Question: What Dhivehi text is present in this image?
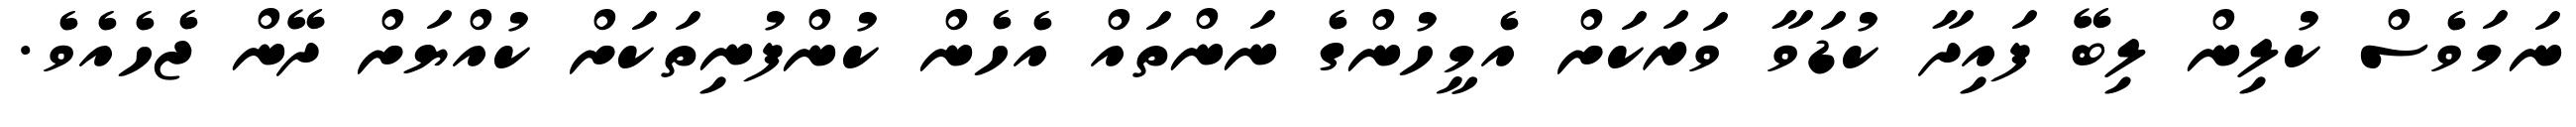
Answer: ނަމަވެސް ކުލިން ލިބޭ ފައިދާ ކުޑަވާ ވަރަކަށް އެމީހުންގެ ނަންތައް އެހެން ކުންފުނިތަކަށް ކުއްޔަށް ދޭން ޖެހެއެވެ.